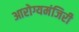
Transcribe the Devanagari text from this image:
आरोग्यमंजिरी